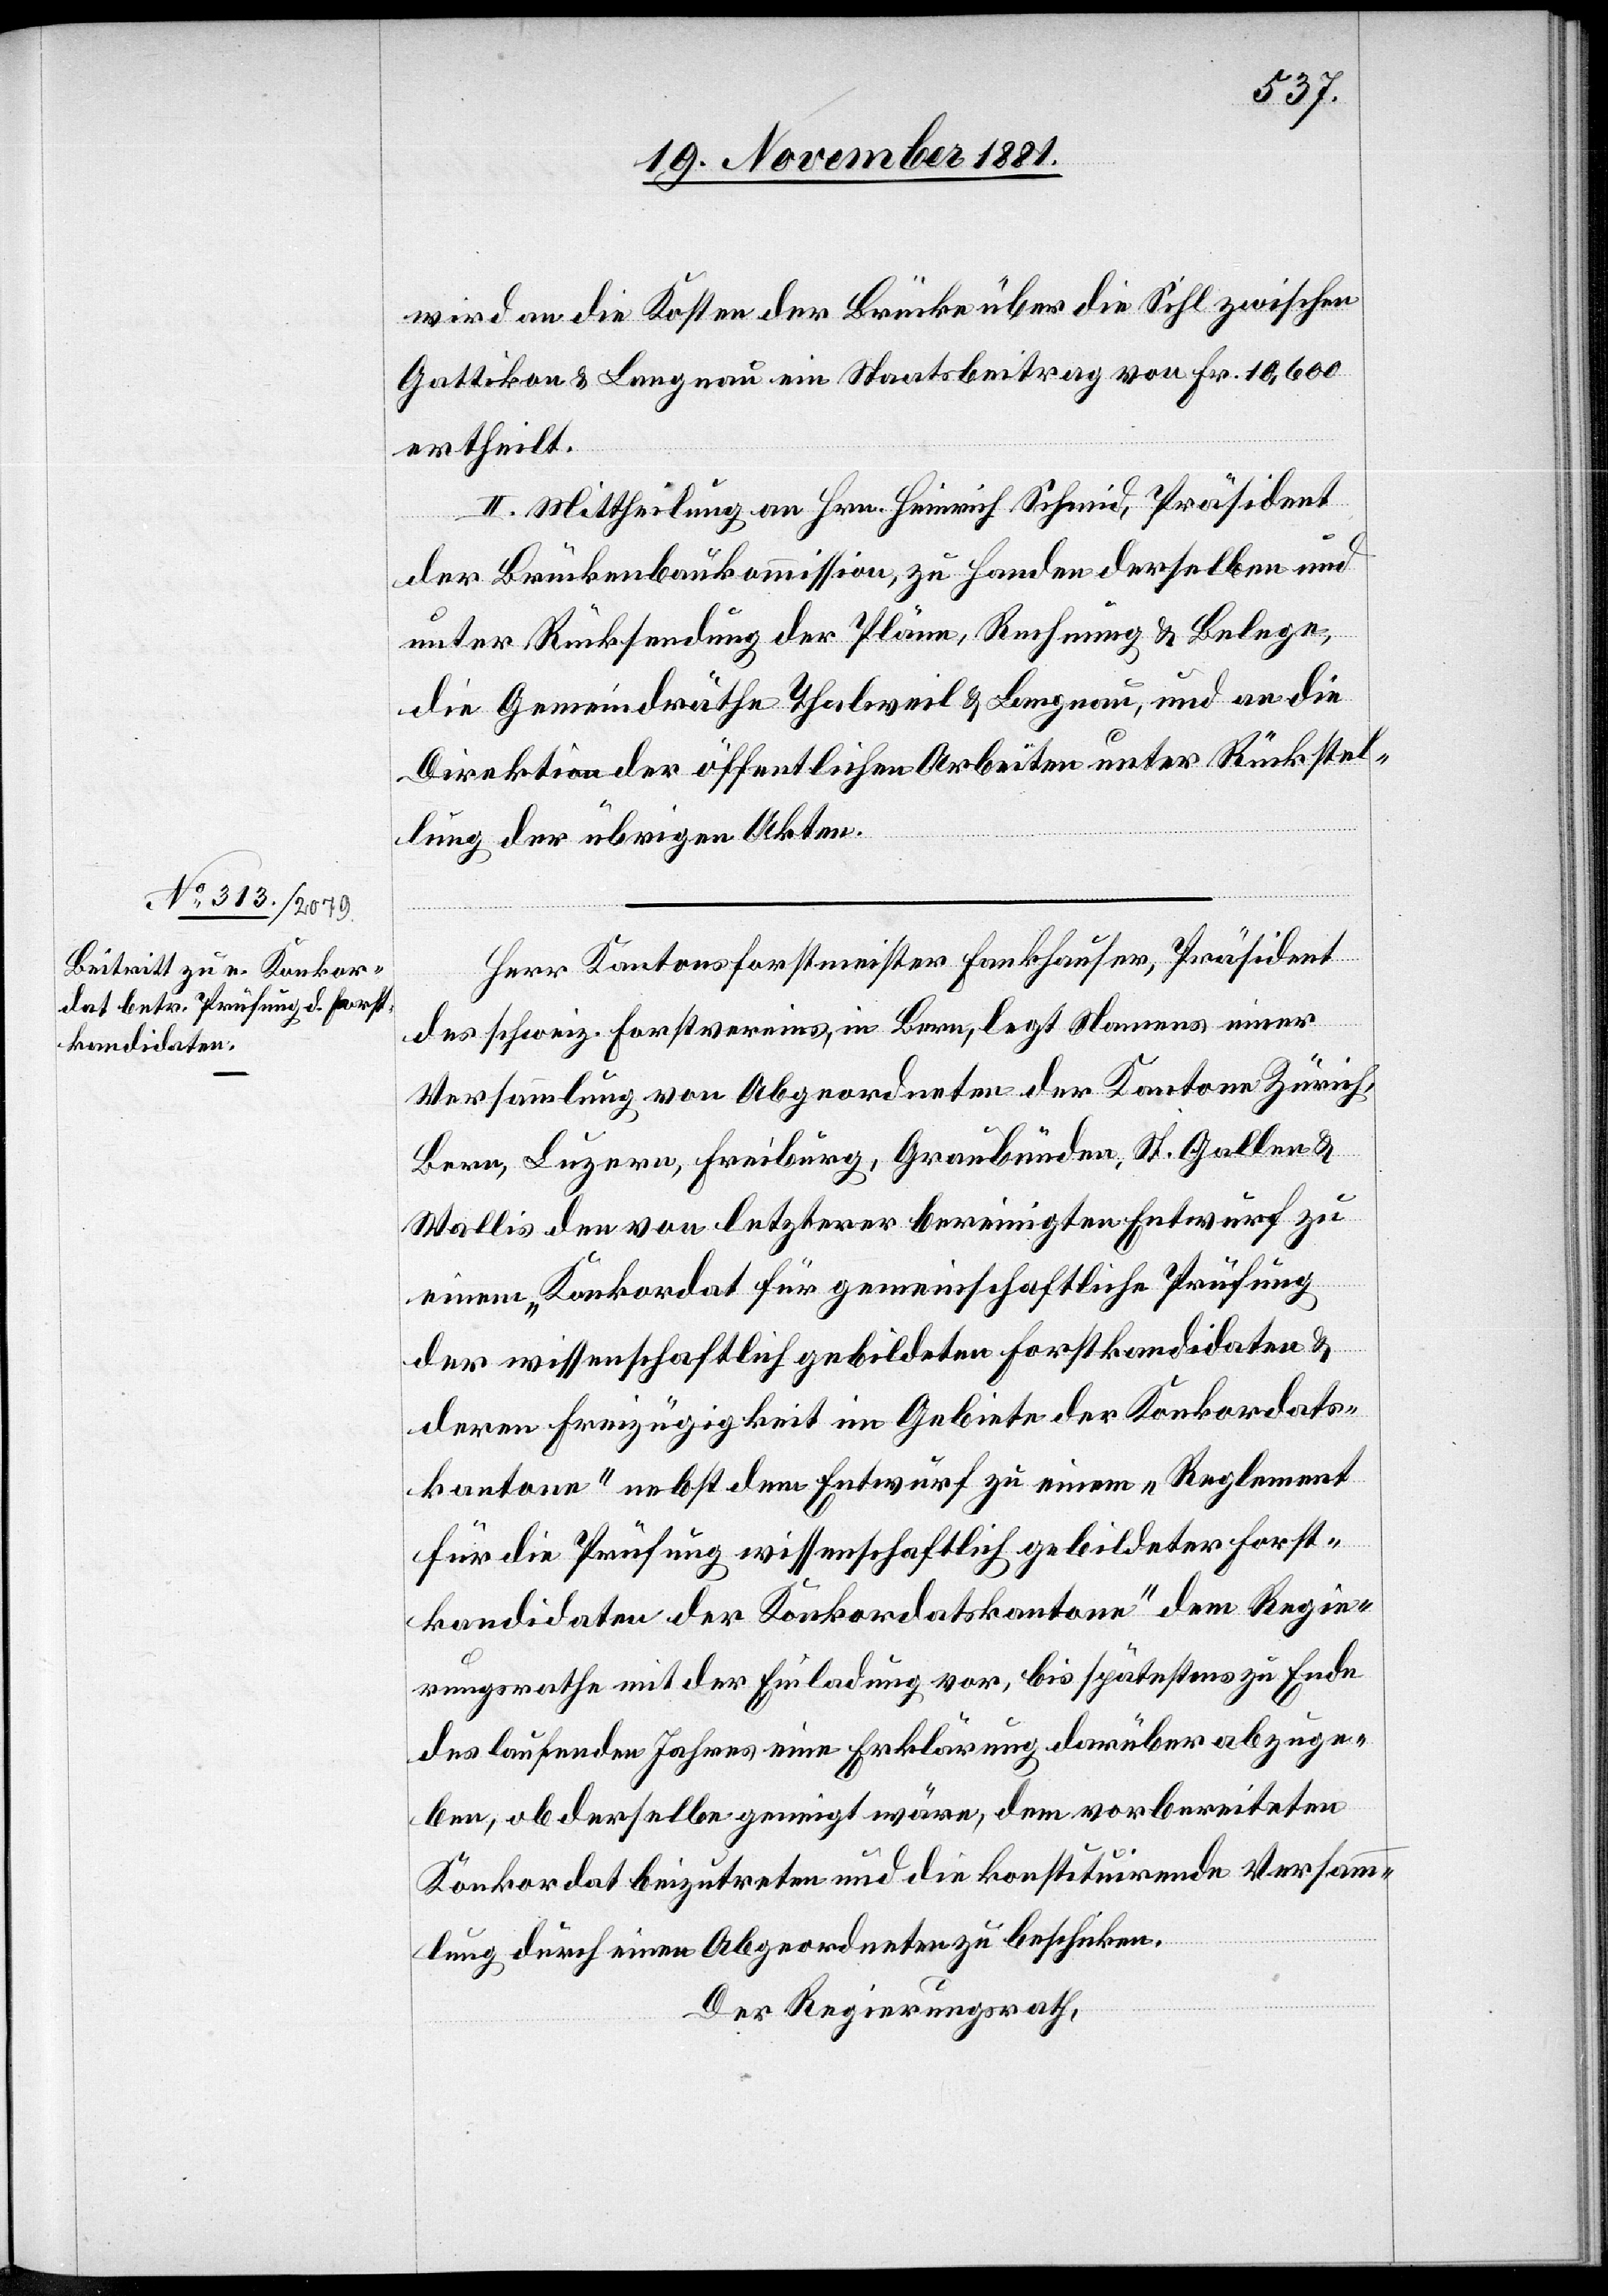
wird an die Kosten der Brücke über die Sihl zwischen
Gattikon & Langnau ein Staatsbeitrag von Fr. 10,600
ertheilt.
II. Mittheilung an Hrn. Heinrich Schmid, Präsident
der Brückenbaukommission, zu Handen derselben und
unter Rücksendung der Pläne, Rechnung & Belege,
die Gemeindräthe Thalweil & Langnau, und an die
Direktion der öffentlichen Arbeiten unter Rückstel¬
lung der übrigen Akten.
Herr Kantonsforstmeister Fankhauser, Präsident
des schweiz. Forstvereins, in Bern, legt Namens einer
Versammlung von Abgeordneten der Kantone Zürich,
Bern, Luzern, Freiburg, Graubünden, St. Gallen &
Wallis den von letzterer bereinigten Entwurf zu
einem „Konkordat für gemeinschaftliche Prüfung
der wissenschaftlich gebildeten Forstkandidaten &
deren Freizügigkeit im Gebiete der Konkordats¬
kantone“ nebst dem Entwurf zu einem „Reglement
für die Prüfung wissenschaftlich gebildeter Forst¬
kandidaten der Konkordatskantone“ dem Regie¬
rungsrathe mit der Einladung vor, bis spätestens zu Ende
des laufenden Jahres eine Erklärung darüber abzuge¬
ben, ob derselbe geneigt wäre, dem vorbereiteten
Konkordat beizutreten und die konstituirende Versamm¬
lung durch einen Abgeordneten zu beschicken.
Der Regierungsrath,